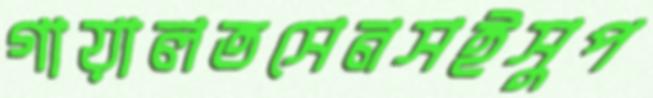
গায়ালতসেনসইসুপ